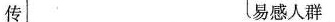
传易感人群